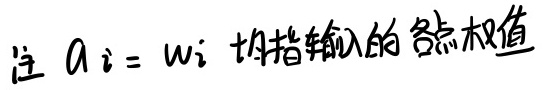
注 $a_i = w_i$ 均指输入的各点权值